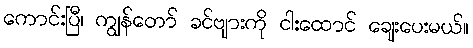
ကောင်းပြီ၊ ကျွန်တော် ခင်ဗျားကို ငါးထောင် ချေးပေးမယ်။